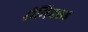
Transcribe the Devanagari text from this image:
रीमिक्सड